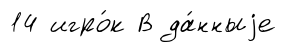
14 игро́к В да́нныjе